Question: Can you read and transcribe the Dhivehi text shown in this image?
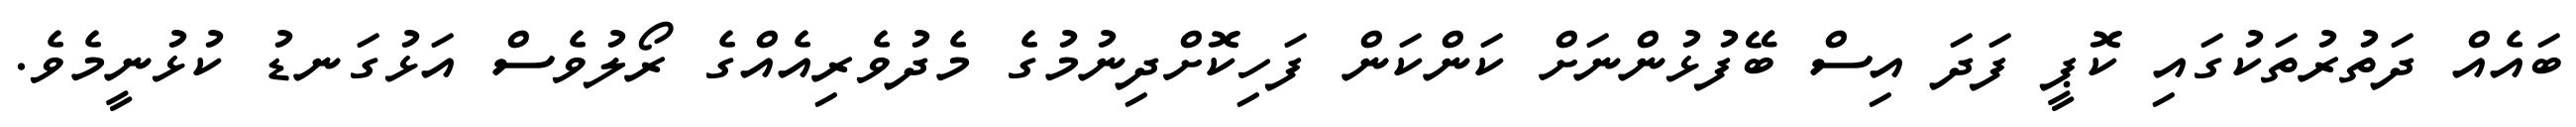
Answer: ބައެއް ދަތުރުތަކުގައި ކޮޕީ ފަދަ އިސް ބޭފުޅުންނަށް ކަންކަން ފަހިކޮށްދިނުމުގެ މެދުވެރިއެއްގެ ރޯލުވެސް އަޅުގަނޑު ކުޅުނީމެވެ.